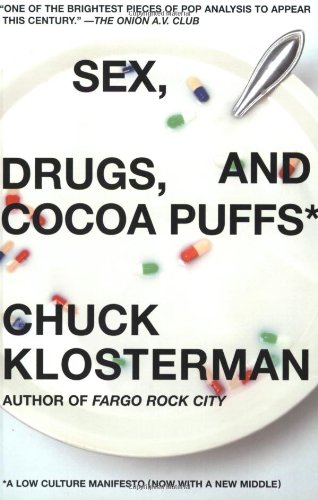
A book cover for Sex, Drugs, and Cocoa Puffs: A Low Culture Manifesto; Chuck Klosterman; Politics & Social Sciences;